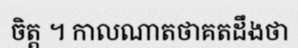
ចិត្ត ។ កាលណាតថាគតដឹងថា